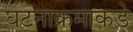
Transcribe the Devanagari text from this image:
घटनाक्रमाकडे